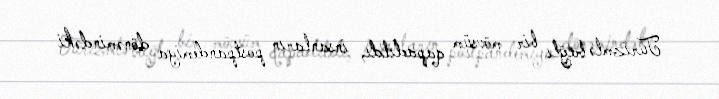
Turizmlə bağlı bir mövsüm qapadıldı, insanların postpandemiya dönəmindəki